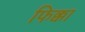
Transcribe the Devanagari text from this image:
फिक्का